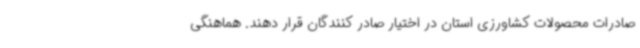
صادرات محصولات کشاورزی استان در اختیار صادر کنندگان قرار دهند. هماهنگی